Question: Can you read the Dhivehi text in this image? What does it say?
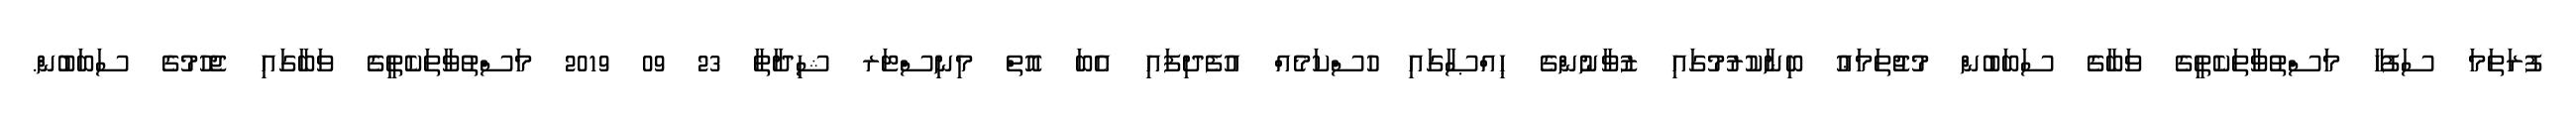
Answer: ފުރަތަމަ ސަފުހާ މަސްތުވާތަކެތީގެ ވަބާގެ ސަބަބުން މުޖުތަމަޢު ބިނާކުރުމުގައި ޒުވާނުންގެ ޙިއްޞާގައި ހުސްކަމެއް އުފެދިފައި އެބަ އޮތް މިނިސްޓަރ ޝިދާތާ 23 09 2019 މަސްތުވާތަކެތީގެ ވަބާގައި ޖެހުމުގެ ސަބަބުން.